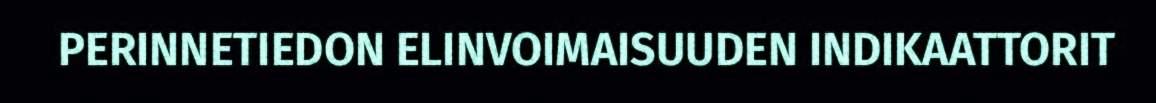
PERINNETIEDON ELINVOIMAISUUDEN INDIKAATTORIT